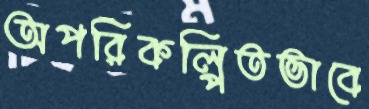
অপরিকল্পিতভাবে